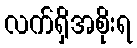
လက်ရှိအစိုးရ